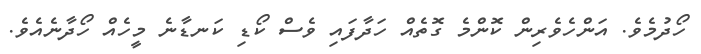
ހޯދުމެވެ. އަންހެވެރިން ކޮންމެ ގޮތެއް ހަދާފައި ވެސް ކޯޑި ކަނޑާނެ މީހެއް ހޯދާނެއެވެ.